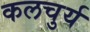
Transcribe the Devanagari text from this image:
कलचुर्य